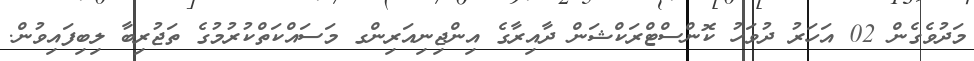
މަދުވެގެން 02 އަހަރު ދުވަހު ކޮންސްޓްރަކްޝަން ދާއިރާގެ އިންޖިނިއަރިންގ މަސައްކަތްކުރުމުގެ ތަޖުރިބާ ލިބިފައިވުން.